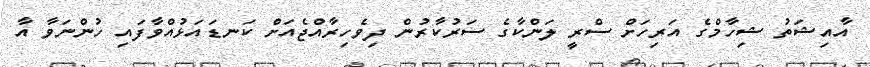
އާއިޝަތު ޝިހާމްގެ އަރިހަށް ސްރީ ލަންކާގެ ސަރުކާރުން ދިވެހިރާއްޖެއަށް ކަނޑައަޅުއްވާފައި ހުންނަވާ އާ